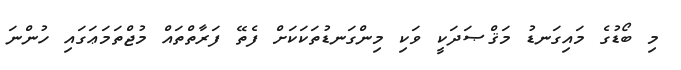
މި ބޯޑުގެ މައިގަނޑު މަޤްޞަދަކީ ވަކި މިންގަނޑުތަކަކަށް ފެތޭ ފަރާތްތައް މުޖްތަމަޢަގައި ހުންނަ